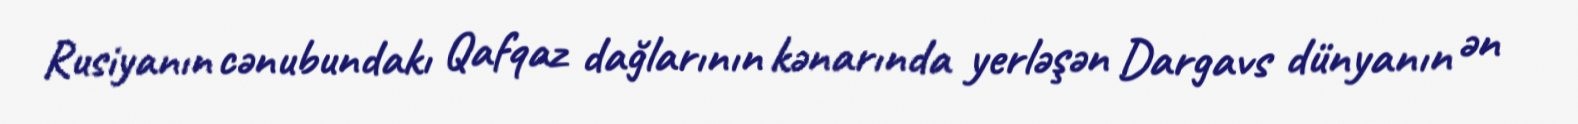
Rusiyanın cənubundakı Qafqaz dağlarının kənarında yerləşən Dargavs dünyanın ən